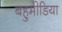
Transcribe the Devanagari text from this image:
बहुमीडिया